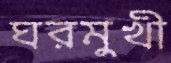
ঘরমুখী